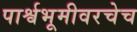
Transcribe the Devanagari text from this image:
पार्श्वभूमीवरचेच